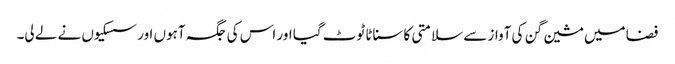
فضا میں مشین گن کی آواز سے سلامتی کا سناٹا ٹوٹ گیا اور اس کی جگہ آہوں اور سسکیوں نے لے لی۔